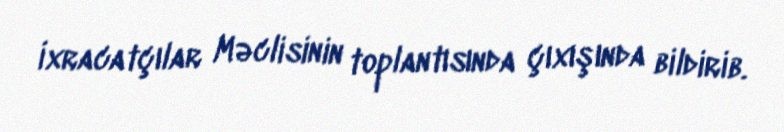
İxracatçılar Məclisinin toplantısında çıxışında bildirib.